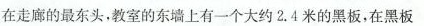
在走廊的最东头，教室的东墙上有一个大约2.4米的黑板，在黑板